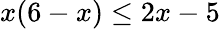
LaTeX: x(6-x)\leq 2x-5